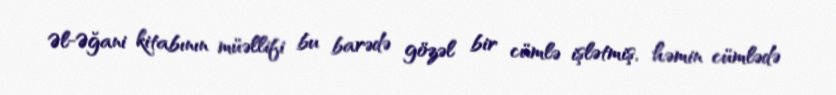
Əl-Əğani kitabının müəllifi bu barədə gözəl bir cümlə işlətmiş, həmin cümlədə